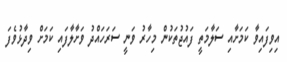
އިވިފައިވާ ކަމަށާއި ސަލާމަތީ ފައުޖުތަކުން މިހާރު ވަނީ ސަރަހައްދު ވަށާލާފައި ކަމަށް ވިދާޅުވެފަ